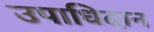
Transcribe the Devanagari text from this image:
उपाधिदान